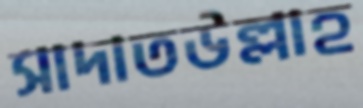
সাদাতউল্লাহ